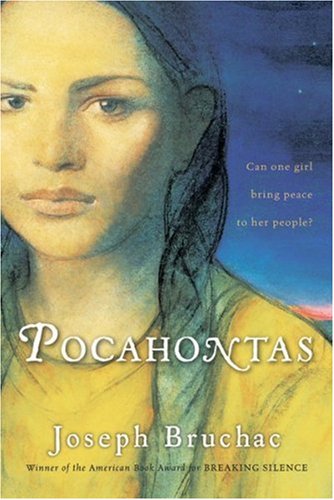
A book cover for Pocahontas; Joseph Bruchac; Teen & Young Adult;